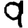
Digit: 9